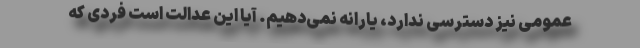
عمومی نیز دسترسی ندارد، یارانه نمی‌دهیم. آیا این عدالت است فردی که